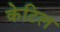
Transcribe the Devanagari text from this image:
केटिल